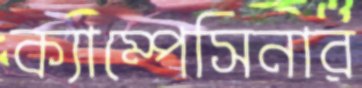
ক্যাম্পেসিনার